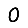
Digit: 0